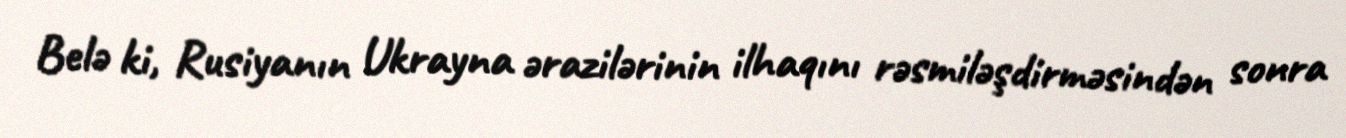
Belə ki, Rusiyanın Ukrayna ərazilərinin ilhaqını rəsmiləşdirməsindən sonra